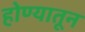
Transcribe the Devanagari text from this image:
होण्यातून